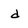
Character: d